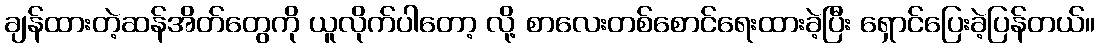
ချန်ထားတဲ့ဆန်အိတ်တွေကို ယူလိုက်ပါတော့ လို့ စာလေးတစ်စောင်ရေးထားခဲ့ပြီး ရှောင်ပြေးခဲ့ပြန်တယ်။